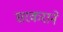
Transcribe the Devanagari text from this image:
सरकराने